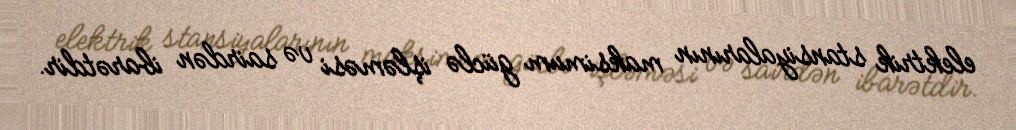
elektrik stansiyalarının maksimum güclə işləməsi və sairdən ibarətdir.